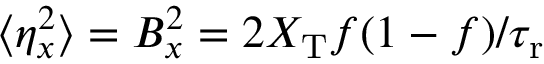
\langle \eta _ { x } ^ { 2 } \rangle = B _ { x } ^ { 2 } = 2 X _ { \mathrm { T } } f ( 1 - f ) / { \tau _ { \mathrm { r } } }